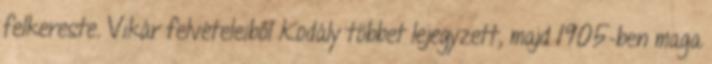
felkereste. Vikár felvételeiből Kodály többet lejegyzett, majd 1905-ben maga